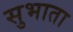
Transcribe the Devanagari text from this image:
सुभाता